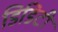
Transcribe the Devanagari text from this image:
डिडिटी